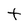
Character: t